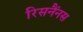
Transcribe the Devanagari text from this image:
रिसनैंनस